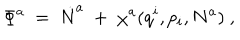
\Phi ^ { a } ~ = ~ \dot { N } ^ { a } ~ + ~ \chi ^ { a } ( q ^ { i } , p _ { i } , N ^ { a } ) ~ ,